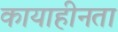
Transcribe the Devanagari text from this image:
कायाहीनता